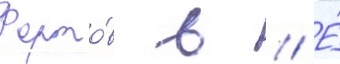
Форто́в в // Е́